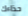
حذاءك